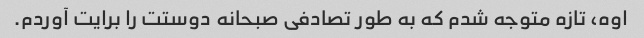
اوه، تازه متوجه شدم که به طور تصادفی صبحانه دوستت را برایت آوردم.